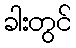
ခါးတွင်